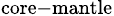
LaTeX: _\mathrm{core-mantle}